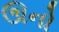
ઊનો